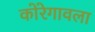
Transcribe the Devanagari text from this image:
कोरेगावला